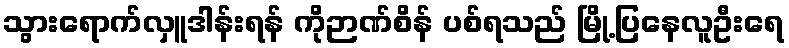
သွားရောက်လှူဒါန်းရန် ကိုဉာဏ်စိန် ပစ်ရသည် မြို့ပြနေလူဦးရေ